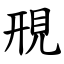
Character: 䙹